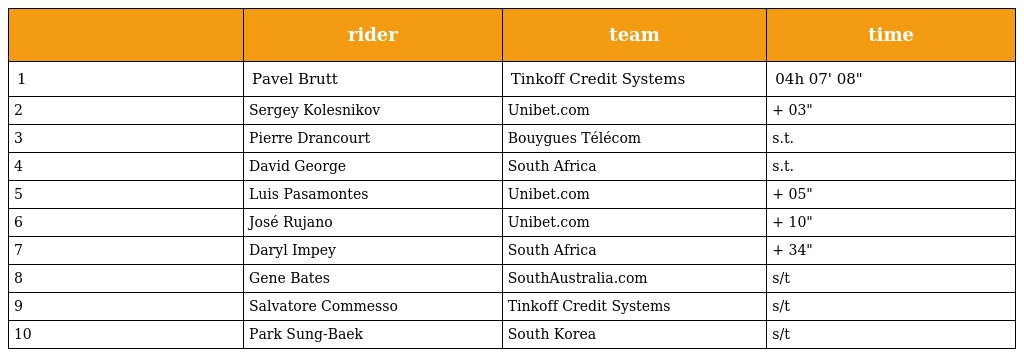
|  | rider | team | time |
 | --- | --- | --- | --- |
 | 1 | Pavel Brutt | Tinkoff Credit Systems | 04h 07' 08" |
 | 2 | Sergey Kolesnikov | Unibet.com | + 03" |
 | 3 | Pierre Drancourt | Bouygues Télécom | s.t. |
 | 4 | David George | South Africa | s.t. |
 | 5 | Luis Pasamontes | Unibet.com | + 05" |
 | 6 | José Rujano | Unibet.com | + 10" |
 | 7 | Daryl Impey | South Africa | + 34" |
 | 8 | Gene Bates | SouthAustralia.com | s/t |
 | 9 | Salvatore Commesso | Tinkoff Credit Systems | s/t |
 | 10 | Park Sung-Baek | South Korea | s/t |